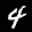
Label: 4